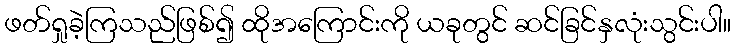
ဖတ်ရှုခဲ့ကြသည်ဖြစ်၍ ထိုအကြောင်းကို ယခုတွင် ဆင်ခြင်နှလုံးသွင်းပါ။